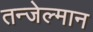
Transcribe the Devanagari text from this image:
तन्जेल्मान